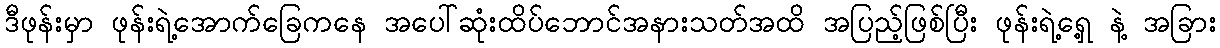
ဒီဖုန်းမှာ ဖုန်းရဲ့အောက်ခြေကနေ အပေါ်ဆုံးထိပ်ဘောင်အနားသတ်အထိ အပြည့်ဖြစ်ပြီး ဖုန်းရဲ့ရှေ့ နဲ့ အခြား